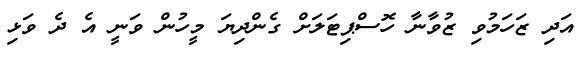
އަދި ޒަހަމުވި ޒުވާނާ ހޮސްޕިޓަލަށް ގެންދިޔަ މީހުން ވަނީ އެ ދެ ވަޅި